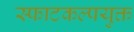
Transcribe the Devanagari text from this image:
स्फाटकल्पयुक्त